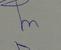
Signature authenticity: genuine